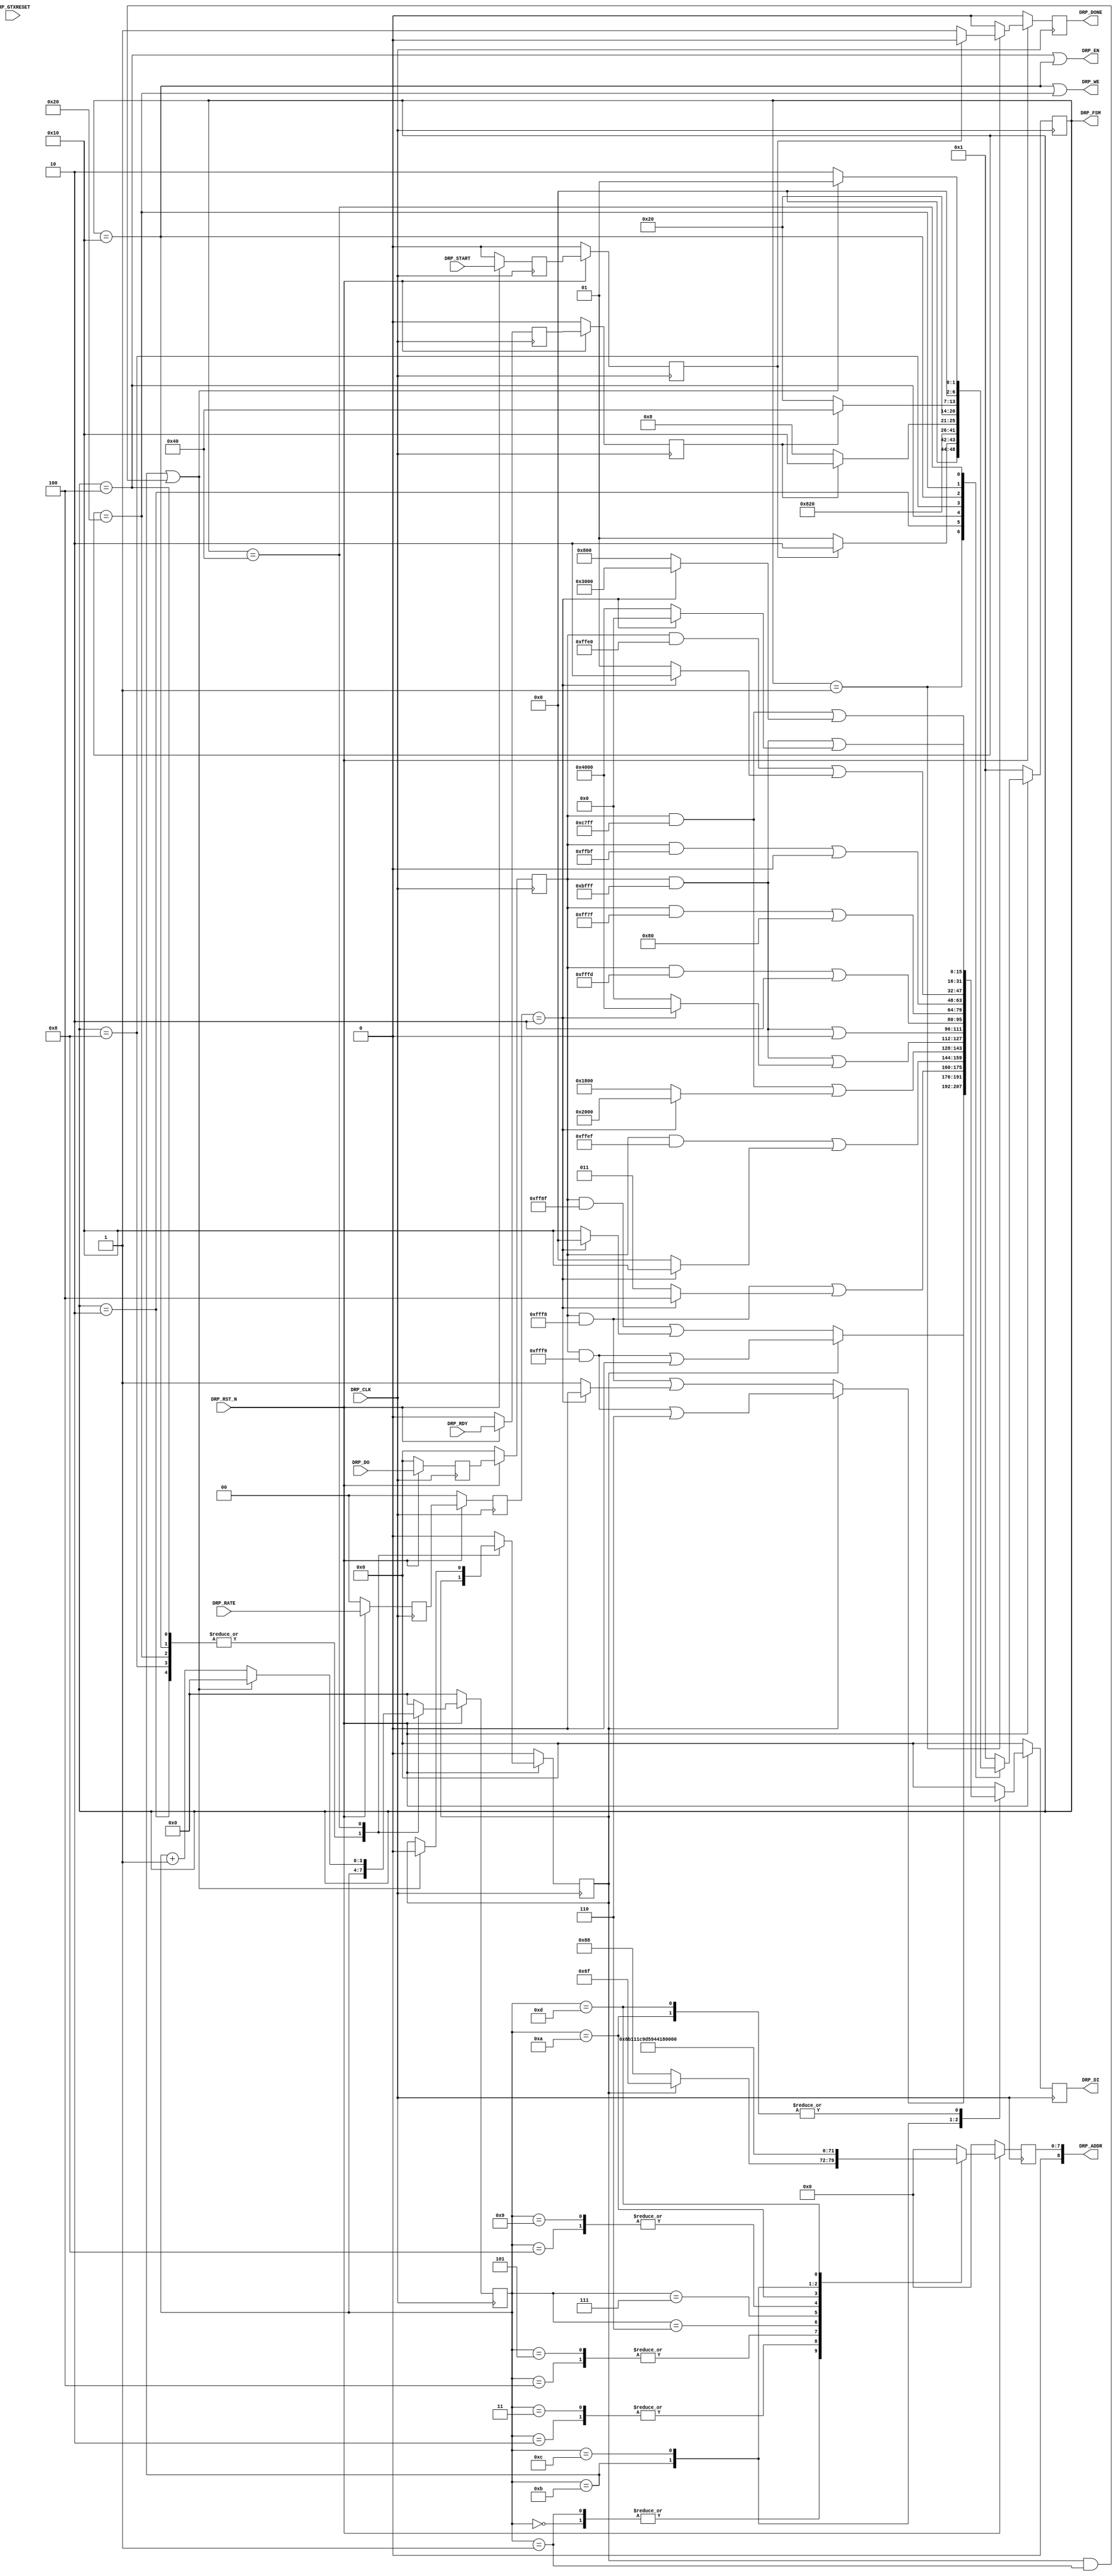
//-----------------------------------------------------------------------------
//
// (c) Copyright 2010-2011 Xilinx, Inc. All rights reserved.
//
// This file contains confidential and proprietary information
// of Xilinx, Inc. and is protected under U.S. and
// international copyright and other intellectual property
// laws.
//
// DISCLAIMER
// This disclaimer is not a license and does not grant any
// rights to the materials distributed herewith. Except as
// otherwise provided in a valid license issued to you by
// Xilinx, and to the maximum extent permitted by applicable
// law: (1) THESE MATERIALS ARE MADE AVAILABLE "AS IS" AND
// WITH ALL FAULTS, AND XILINX HEREBY DISCLAIMS ALL WARRANTIES
// AND CONDITIONS, EXPRESS, IMPLIED, OR STATUTORY, INCLUDING
// BUT NOT LIMITED TO WARRANTIES OF MERCHANTABILITY, NON-
// INFRINGEMENT, OR FITNESS FOR ANY PARTICULAR PURPOSE; and
// (2) Xilinx shall not be liable (whether in contract or tort,
// including negligence, or under any other theory of
// liability) for any loss or damage of any kind or nature
// related to, arising under or in connection with these
// materials, including for any direct, or any indirect,
// special, incidental, or consequential loss or damage
// (including loss of data, profits, goodwill, or any type of
// loss or damage suffered as a result of any action brought
// by a third party) even if such damage or loss was
// reasonably foreseeable or Xilinx had been advised of the
// possibility of the same.
//
// CRITICAL APPLICATIONS
// Xilinx products are not designed or intended to be fail-
// safe, or for use in any application requiring fail-safe
// performance, such as life-support or safety devices or
// systems, Class III medical devices, nuclear facilities,
// applications related to the deployment of airbags, or any
// other applications that could lead to death, personal
// injury, or severe property or environmental damage
// (individually and collectively, "Critical
// Applications"). Customer assumes the sole risk and
// liability of any use of Xilinx products in Critical
// Applications, subject only to applicable laws and
// regulations governing limitations on product liability.
//
// THIS COPYRIGHT NOTICE AND DISCLAIMER MUST BE RETAINED AS
// PART OF THIS FILE AT ALL TIMES.
//
//-----------------------------------------------------------------------------
// Project    : Series-7 Integrated Block for PCI Express
// Version    : 1.7
//------------------------------------------------------------------------------
//  Description  :  PIPE DRP Module for 7 Series Transceiver
//  Version      :  15.2
//------------------------------------------------------------------------------



`timescale 1ns / 1ps



//---------- PIPE DRP Module ---------------------------------------------------
module pcie_7x_v1_8_pipe_drp #
(

    parameter PCIE_USE_MODE    = "3.0",                     // PCIe use mode
    parameter PCIE_PLL_SEL     = "CPLL",                    // PCIe PLL select for Gen1/Gen2 only
    parameter PCIE_TXBUF_EN    = "FALSE",                   // PCIe TX buffer enable for Gen1/Gen2 only
    parameter PCIE_RXBUF_EN    = "TRUE",                    // PCIe RX buffer enable for Gen3      only
    parameter PCIE_TXSYNC_MODE = 0,                         // PCIe TX sync mode
    parameter PCIE_RXSYNC_MODE = 0,                         // PCIe RX sync mode
    parameter INDEX_MAX        = 4'd11                      // Index max count
    
)

(
    
    //---------- Input -------------------------------------
    input               DRP_CLK,
    input               DRP_RST_N,
    input               DRP_GTXRESET,
    input       [ 1:0]  DRP_RATE,
    input               DRP_START,
    input       [15:0]  DRP_DO,
    input               DRP_RDY,
    
    //---------- Output ------------------------------------
    output      [ 8:0]  DRP_ADDR,
    output              DRP_EN,  
    output      [15:0]  DRP_DI,   
    output              DRP_WE,
    output              DRP_DONE,
    output      [ 6:0]  DRP_FSM
    
);

    //---------- Input Registers ---------------------------
    reg                 gtxreset_reg1;
    reg         [ 1:0]  rate_reg1;
    reg                 start_reg1;
    reg         [15:0]  do_reg1;
    reg                 rdy_reg1;
    
    reg                 gtxreset_reg2;
    reg         [ 1:0]  rate_reg2;
    reg                 start_reg2;
    reg         [15:0]  do_reg2;
    reg                 rdy_reg2;
    
    //---------- Internal Signals --------------------------
    reg         [ 3:0]  index    =  4'd0;
    reg                 mode     =  1'd0;
    reg         [ 8:0]  addr_reg =  9'd0;
    reg         [15:0]  di_reg   = 16'd0;
    
    //---------- Output Registers --------------------------
    reg                 done     =  1'd0;
    reg         [ 6:0]  fsm      =  7'd1;      
                        
    //---------- DRP Address -------------------------------
    //  DRP access for *RXCDR_EIDLE includes 
    //    - [11] RXCDR_HOLD_DURING_EIDLE
    //    - [12] RXCDR_FR_RESET_ON_EIDLE
    //    - [13] RXCDR_PH_RESET_ON_EIDLE
    //------------------------------------------------------
    localparam          ADDR_PCS_RSVD_ATTR        = 9'h06F;
    localparam          ADDR_TXOUT_DIV            = 9'h088;
    localparam          ADDR_RXOUT_DIV            = 9'h088;
    localparam          ADDR_TX_DATA_WIDTH        = 9'h06B;            
    localparam          ADDR_TX_INT_DATAWIDTH     = 9'h06B;         
    localparam          ADDR_RX_DATA_WIDTH        = 9'h011;            
    localparam          ADDR_RX_INT_DATAWIDTH     = 9'h011;              
    localparam          ADDR_TXBUF_EN             = 9'h01C;           
    localparam          ADDR_RXBUF_EN             = 9'h09D;
    localparam          ADDR_TX_XCLK_SEL          = 9'h059;
    localparam          ADDR_RX_XCLK_SEL          = 9'h059;                 
    localparam          ADDR_CLK_CORRECT_USE      = 9'h044; 
    localparam          ADDR_TX_DRIVE_MODE        = 9'h019;
    localparam          ADDR_RXCDR_EIDLE          = 9'h0A7;  
    localparam          ADDR_RX_DFE_LPM_EIDLE     = 9'h01E;
  //localparam          ADDR_RXCDR_CFG_A          = 9'h0A8;
  //localparam          ADDR_RXCDR_CFG_B          = 9'h0A9;
  //localparam          ADDR_RXCDR_CFG_C          = 9'h0AA;
  //localparam          ADDR_RXCDR_CFG_B          = 9'h0AB;
  //localparam          ADDR_RXCDR_CFG_C          = 9'h0AC;
    
    //---------- DRP Mask ----------------------------------
    localparam          MASK_PCS_RSVD_ATTR        = 16'b1111111111111001;  // Unmask bit [ 2: 1]
    localparam          MASK_TXOUT_DIV            = 16'b1111111110001111;  // Unmask bit [ 6: 4]
    localparam          MASK_RXOUT_DIV            = 16'b1111111111111000;  // Unmask bit [ 2: 0]
    localparam          MASK_TX_DATA_WIDTH        = 16'b1111111111111000;  // Unmask bit [ 2: 0]   
    localparam          MASK_TX_INT_DATAWIDTH     = 16'b1111111111101111;  // Unmask bit [    4]
    localparam          MASK_RX_DATA_WIDTH        = 16'b1100011111111111;  // Unmask bit [13:11]   
    localparam          MASK_RX_INT_DATAWIDTH     = 16'b1011111111111111;  // Unmask bit [   14]  
    localparam          MASK_TXBUF_EN             = 16'b1011111111111111;  // Unmask bit [   14]  
    localparam          MASK_RXBUF_EN             = 16'b1111111111111101;  // Unmask bit [    1] 
    localparam          MASK_TX_XCLK_SEL          = 16'b1111111101111111;  // Unmask bit [    7]    
    localparam          MASK_RX_XCLK_SEL          = 16'b1111111110111111;  // Unmask bit [    6]       
    localparam          MASK_CLK_CORRECT_USE      = 16'b1011111111111111;  // Unmask bit [   14]
    localparam          MASK_TX_DRIVE_MODE        = 16'b1111111111100000;  // Unmask bit [  4:0]      
    localparam          MASK_RXCDR_EIDLE          = 16'b1100011111111111;  // Unmask bit [13:11]  
    localparam          MASK_RX_DFE_LPM_EIDLE     = 16'b1011111111111111;  // Unmask bit [   14] 
  //localparam          MASK_RXCDR_CFG_A          = 16'b0000000000000000;  // Unmask bit [15: 0]
  //localparam          MASK_RXCDR_CFG_B          = 16'b0000000000000000;  // Unmask bit [15: 0]
  //localparam          MASK_RXCDR_CFG_C          = 16'b0000000000000000;  // Unmask bit [15: 0]    
  //localparam          MASK_RXCDR_CFG_D          = 16'b0000000000000000;  // Unmask bit [15: 0]  
  //localparam          MASK_RXCDR_CFG_E          = 16'b0000000000000000;  // Unmask bit [15: 0]   
     
     
     
    //---------- DRP Data for PCIe Gen1 and Gen2 -----------
    localparam          GEN12_TXOUT_DIV           = (PCIE_PLL_SEL == "QPLL") ? 16'b0000000000100000 : 16'b0000000000010000;  // Divide by 4 or 2
    localparam          GEN12_RXOUT_DIV           = (PCIE_PLL_SEL == "QPLL") ? 16'b0000000000000010 : 16'b0000000000000001;  // Divide by 4 or 2
    localparam          GEN12_TX_DATA_WIDTH       = 16'b0000000000000011;  // 2-byte (16-bit) external data width   
    localparam          GEN12_TX_INT_DATAWIDTH    = 16'b0000000000000000;  // 2-byte (20-bit) internal data width
    localparam          GEN12_RX_DATA_WIDTH       = 16'b0001100000000000;  // 2-byte (16-bit) external data width
    localparam          GEN12_RX_INT_DATAWIDTH    = 16'b0000000000000000;  // 2-byte (20-bit) internal data width
    localparam          GEN12_TXBUF_EN            = 16'b0100000000000000;  // Use TX buffer if PCIE_TXBUF_EN == "TRUE"
    localparam          GEN12_RXBUF_EN            = 16'b0000000000000010;  // Use RX buffer 
    localparam          GEN12_TX_XCLK_SEL         = 16'b0000000000000000;  // Use TXOUT if PCIE_TXBUF_EN == "TRUE"
    localparam          GEN12_RX_XCLK_SEL         = 16'b0000000000000000;  // Use RXREC  
    localparam          GEN12_CLK_CORRECT_USE     = 16'b0100000000000000;  // Use clock correction
    localparam          GEN12_TX_DRIVE_MODE       = 16'b0000000000000001;  // Use PIPE   Gen1 and Gen2 mode    
  //localparam          GEN12_TX_DRIVE_MODE       = 16'b0000000000000000;  // Use DIRECT Gen1 and Gen2 mode    
    localparam          GEN12_RXCDR_EIDLE         = 16'b0000100000000000;  // Hold RXCDR during electrical idle 
    localparam          GEN12_RX_DFE_LPM_EIDLE    = 16'b0100000000000000;  // Hold RX DFE or LPM during electrical idle
    
    //---------- DRP Data for PCIe Gen3 --------------------                 
    localparam          GEN3_TXOUT_DIV            = 16'b0000000000000000;  // Divide by 1
    localparam          GEN3_RXOUT_DIV            = 16'b0000000000000000;  // Divide by 1
    localparam          GEN3_TX_DATA_WIDTH        = 16'b0000000000000100;  // 4-byte (32-bit) external data width                     
    localparam          GEN3_TX_INT_DATAWIDTH     = 16'b0000000000010000;  // 4-byte (32-bit) internal data width               
    localparam          GEN3_RX_DATA_WIDTH        = 16'b0010000000000000;  // 4-byte (32-bit) external data width                  
    localparam          GEN3_RX_INT_DATAWIDTH     = 16'b0100000000000000;  // 4-byte (32-bit) internal data width               
    localparam          GEN3_TXBUF_EN             = 16'b0000000000000000;  // Bypass TX buffer 
    localparam          GEN3_RXBUF_EN             = 16'b0000000000000000;  // Bypass RX buffer  
    localparam          GEN3_TX_XCLK_SEL          = 16'b0000000010000000;  // Use TXUSR  
    localparam          GEN3_RX_XCLK_SEL          = 16'b0000000001000000;  // Use RXUSR                         
    localparam          GEN3_CLK_CORRECT_USE      = 16'b0000000000000000;  // Bypass clock correction  
    localparam          GEN3_TX_DRIVE_MODE        = 16'b0000000000000010;  // Use PIPE Gen3 mode   
    localparam          GEN3_RXCDR_EIDLE          = 16'b0011000000000000;  // Reset RXCDR phase and frequency on electrical idle 
    localparam          GEN3_RX_DFE_LPM_EIDLE     = 16'b0000000000000000;  // Unhold RX DFE or LPM during electrical idle         
      
    //---------- DRP Data for PCIe Gen1, Gen2 and Gen3 -----    
    localparam          GEN123_PCS_RSVD_ATTR_A    = 16'b0000000000000000;  // Auto TX and RX sync mode
    localparam          GEN123_PCS_RSVD_ATTR_M_TX = 16'b0000000000000010;  // Manual TX sync mode
    localparam          GEN123_PCS_RSVD_ATTR_M_RX = 16'b0000000000000100;  // Manual RX sync mode
      
    //---------- DRP Data ----------------------------------     
    wire        [15:0]  data_txout_div;
    wire        [15:0]  data_rxout_div;
    wire        [15:0]  data_tx_data_width;               
    wire        [15:0]  data_tx_int_datawidth;            
    wire        [15:0]  data_rx_data_width;               
    wire        [15:0]  data_rx_int_datawidth;                
    wire        [15:0]  data_txbuf_en;        
    wire        [15:0]  data_rxbuf_en;        
    wire        [15:0]  data_tx_xclk_sel;
    wire        [15:0]  data_rx_xclk_sel;            
    wire        [15:0]  data_clk_correction_use; 
    wire        [15:0]  data_tx_drive_mode;
    wire        [15:0]  data_rxcdr_eidle;
    wire        [15:0]  data_rx_dfe_lpm_eidle;
    
    wire        [15:0]  data_pcs_rsvd_attr_a;  
    wire        [15:0]  data_pcs_rsvd_attr_m_tx; 
    wire        [15:0]  data_pcs_rsvd_attr_m_rx; 
    wire        [15:0]  data_pcs_rsvd_attr_m;   
           
    //---------- FSM ---------------------------------------  
    localparam          FSM_IDLE  = 7'b0000001;  
    localparam          FSM_LOAD  = 7'b0000010;                           
    localparam          FSM_READ  = 7'b0000100;
    localparam          FSM_RRDY  = 7'b0001000;
    localparam          FSM_WRITE = 7'b0010000;
    localparam          FSM_WRDY  = 7'b0100000;    
    localparam          FSM_DONE  = 7'b1000000;   

    
    
//---------- Input FF ----------------------------------------------------------
always @ (posedge DRP_CLK)
begin

    if (!DRP_RST_N)
        begin
        //---------- 1st Stage FF --------------------------
        gtxreset_reg1 <=  1'd0;
        rate_reg1     <=  2'd0;
        do_reg1       <= 16'd0;
        rdy_reg1      <=  1'd0;
        start_reg1    <=  1'd0;
        //---------- 2nd Stage FF --------------------------
        gtxreset_reg2 <=  1'd0;
        rate_reg2     <=  2'd0;
        do_reg2       <= 16'd0;
        rdy_reg2      <=  1'd0;
        start_reg2    <=  1'd0;
        end
        
    else
        begin
        //---------- 1st Stage FF --------------------------
        gtxreset_reg1 <= DRP_GTXRESET;
        rate_reg1     <= DRP_RATE;
        do_reg1       <= DRP_DO;
        rdy_reg1      <= DRP_RDY;
        start_reg1    <= DRP_START;
        //---------- 2nd Stage FF --------------------------
        gtxreset_reg2 <= gtxreset_reg1;
        rate_reg2     <= rate_reg1;
        do_reg2       <= do_reg1;
        rdy_reg2      <= rdy_reg1;
        start_reg2    <= start_reg1;
        end
    
end  



//---------- Select DRP Data ---------------------------------------------------
assign data_txout_div          =  (rate_reg2 == 2'd2)                                ? GEN3_TXOUT_DIV        : GEN12_TXOUT_DIV;
assign data_rxout_div          =  (rate_reg2 == 2'd2)                                ? GEN3_RXOUT_DIV        : GEN12_RXOUT_DIV;
assign data_tx_data_width      =  (rate_reg2 == 2'd2)                                ? GEN3_TX_DATA_WIDTH    : GEN12_TX_DATA_WIDTH;
assign data_tx_int_datawidth   =  (rate_reg2 == 2'd2)                                ? GEN3_TX_INT_DATAWIDTH : GEN12_TX_INT_DATAWIDTH;
assign data_rx_data_width      =  (rate_reg2 == 2'd2)                                ? GEN3_RX_DATA_WIDTH    : GEN12_RX_DATA_WIDTH;
assign data_rx_int_datawidth   =  (rate_reg2 == 2'd2)                                ? GEN3_RX_INT_DATAWIDTH : GEN12_RX_INT_DATAWIDTH;
assign data_txbuf_en           = ((rate_reg2 == 2'd2) || (PCIE_TXBUF_EN == "FALSE")) ? GEN3_TXBUF_EN         : GEN12_TXBUF_EN;
assign data_rxbuf_en           = ((rate_reg2 == 2'd2) && (PCIE_RXBUF_EN == "FALSE")) ? GEN3_RXBUF_EN         : GEN12_RXBUF_EN;
assign data_tx_xclk_sel        = ((rate_reg2 == 2'd2) || (PCIE_TXBUF_EN == "FALSE")) ? GEN3_TX_XCLK_SEL      : GEN12_TX_XCLK_SEL;
assign data_rx_xclk_sel        = ((rate_reg2 == 2'd2) && (PCIE_RXBUF_EN == "FALSE")) ? GEN3_RX_XCLK_SEL      : GEN12_RX_XCLK_SEL;
assign data_clk_correction_use =  (rate_reg2 == 2'd2)                                ? GEN3_CLK_CORRECT_USE  : GEN12_CLK_CORRECT_USE;
assign data_tx_drive_mode      =  (rate_reg2 == 2'd2)                                ? GEN3_TX_DRIVE_MODE    : GEN12_TX_DRIVE_MODE;   
assign data_rxcdr_eidle        =  (rate_reg2 == 2'd2)                                ? GEN3_RXCDR_EIDLE      : GEN12_RXCDR_EIDLE;
assign data_rx_dfe_lpm_eidle   =  (rate_reg2 == 2'd2)                                ? GEN3_RX_DFE_LPM_EIDLE : GEN12_RX_DFE_LPM_EIDLE;

assign data_pcs_rsvd_attr_a    = GEN123_PCS_RSVD_ATTR_A;
assign data_pcs_rsvd_attr_m_tx = PCIE_TXSYNC_MODE ? GEN123_PCS_RSVD_ATTR_A : GEN123_PCS_RSVD_ATTR_M_TX;
assign data_pcs_rsvd_attr_m_rx = PCIE_RXSYNC_MODE ? GEN123_PCS_RSVD_ATTR_A : GEN123_PCS_RSVD_ATTR_M_RX;
assign data_pcs_rsvd_attr_m    = data_pcs_rsvd_attr_m_tx | data_pcs_rsvd_attr_m_rx;



//---------- Update DRP Address and Data ---------------------------------------
always @ (posedge DRP_CLK)
begin

    if (!DRP_RST_N)
        begin
        addr_reg <=  9'd0;
        di_reg   <= 16'd0;
        end
    else
        begin
        
        case (index)
        
        //--------------------------------------------------      
        4'd0:     
            begin
            addr_reg <= mode ? ADDR_PCS_RSVD_ATTR : ADDR_TXOUT_DIV; 
            di_reg   <= mode ? ((do_reg2 & MASK_PCS_RSVD_ATTR)  | data_pcs_rsvd_attr_a)
                             : ((do_reg2 & MASK_TXOUT_DIV) | data_txout_div);
            end 
            
        //--------------------------------------------------      
        4'd1:    
            begin
            addr_reg <= mode ? ADDR_PCS_RSVD_ATTR : ADDR_RXOUT_DIV;
            di_reg   <= mode ? ((do_reg2 & MASK_PCS_RSVD_ATTR)  | data_pcs_rsvd_attr_m) 
                             : ((do_reg2 & MASK_RXOUT_DIV) | data_rxout_div);
            end 
            
        //--------------------------------------------------
        4'd2 :
            begin        
            addr_reg <= ADDR_TX_DATA_WIDTH;
            di_reg   <= (do_reg2 & MASK_TX_DATA_WIDTH) | data_tx_data_width;
            end
           
        //--------------------------------------------------    
        4'd3 :
            begin        
            addr_reg <= ADDR_TX_INT_DATAWIDTH;
            di_reg   <= (do_reg2 & MASK_TX_INT_DATAWIDTH) | data_tx_int_datawidth;
            end    
        
        //--------------------------------------------------     
        4'd4 :
            begin
            addr_reg <= ADDR_RX_DATA_WIDTH;
            di_reg   <= (do_reg2 & MASK_RX_DATA_WIDTH) | data_rx_data_width;
            end   
        
        //--------------------------------------------------     
        4'd5 :
            begin        
            addr_reg <= ADDR_RX_INT_DATAWIDTH;
            di_reg   <= (do_reg2 & MASK_RX_INT_DATAWIDTH) | data_rx_int_datawidth;
            end  
  
        //--------------------------------------------------         
        4'd6 :
            begin        
            addr_reg <= ADDR_TXBUF_EN;
            di_reg   <= (do_reg2 & MASK_TXBUF_EN) | data_txbuf_en;
            end   
        
        //--------------------------------------------------         
        4'd7 :
            begin        
            addr_reg <= ADDR_RXBUF_EN;
            di_reg   <= (do_reg2 & MASK_RXBUF_EN) | data_rxbuf_en;
            end   
        
        //--------------------------------------------------         
        4'd8 :
            begin        
            addr_reg <= ADDR_TX_XCLK_SEL;
            di_reg   <= (do_reg2 & MASK_TX_XCLK_SEL) | data_tx_xclk_sel;
            end   
        
        //--------------------------------------------------         
        4'd9 :
            begin        
            addr_reg <= ADDR_RX_XCLK_SEL;
            di_reg   <= (do_reg2 & MASK_RX_XCLK_SEL) | data_rx_xclk_sel;
            end   
        
        //--------------------------------------------------      
        4'd10 :
            begin
            addr_reg <= ADDR_CLK_CORRECT_USE;
            di_reg   <= (do_reg2 & MASK_CLK_CORRECT_USE) | data_clk_correction_use;
            end 

        //--------------------------------------------------      
        4'd11 :
            begin
            addr_reg <= ADDR_TX_DRIVE_MODE;
            di_reg   <= (do_reg2 & MASK_TX_DRIVE_MODE) | data_tx_drive_mode;
            end 
            
        //--------------------------------------------------      
        4'd12 :
            begin
            addr_reg <= ADDR_RXCDR_EIDLE;
            di_reg   <= (do_reg2 & MASK_RXCDR_EIDLE) | data_rxcdr_eidle;
            end 
            
        //--------------------------------------------------      
        4'd13 :
            begin
            addr_reg <= ADDR_RX_DFE_LPM_EIDLE;
            di_reg   <= (do_reg2 & MASK_RX_DFE_LPM_EIDLE) | data_rx_dfe_lpm_eidle;
            end     
            
        //--------------------------------------------------
        default : 
            begin
            addr_reg <=  9'd0;
            di_reg   <= 16'd0;
            end
            
        endcase
        
        end
        
end  



//---------- PIPE DRP FSM ------------------------------------------------------
always @ (posedge DRP_CLK)
begin

    if (!DRP_RST_N)
        begin
        fsm   <= FSM_IDLE;
        index <= 4'd0;
        mode  <= 1'd0;
        done  <= 1'd0;
        end
    else
        begin
        
        case (fsm)

        //---------- Idle State ----------------------------
        FSM_IDLE :  
          
            begin
            //---------- Reset or Rate Change --------------
            if (start_reg2)
                begin
                fsm   <= FSM_LOAD;
                index <= 4'd0;
                mode  <= 1'd0;
                done  <= 1'd0; 
                end
            //---------- GTXRESET --------------------------    
            else if ((gtxreset_reg2 && !gtxreset_reg1) && ((PCIE_TXSYNC_MODE == 0) || (PCIE_RXSYNC_MODE == 0)) && (PCIE_USE_MODE == "1.0"))
                begin
                fsm   <= FSM_LOAD;
                index <= 4'd0;
                mode  <= 1'd1;
                done  <= 1'd0;
                end
            //---------- Idle ------------------------------
            else       
                begin
                fsm   <= FSM_IDLE;
                index <= 4'd0;
                mode  <= 1'd0;
                done  <= 1'd1;
                end 
            end    
            
        //---------- Load DRP Address  ---------------------
        FSM_LOAD :
        
            begin
            fsm   <= FSM_READ;
            index <= index;
            mode  <= mode;
            done  <= 1'd0;
            end  
            
        //---------- Read DRP ------------------------------
        FSM_READ :
        
            begin
            fsm   <= FSM_RRDY;
            index <= index;
            mode  <= mode;
            done  <= 1'd0;
            end
            
        //---------- Read DRP Ready ------------------------
        FSM_RRDY :    
        
            begin
            fsm   <= rdy_reg2 ? FSM_WRITE : FSM_RRDY;
            index <= index;
            mode  <= mode;
            done  <= 1'd0;
            end
  
            
        //---------- Write DRP -----------------------------
        FSM_WRITE :    
        
            begin
            fsm   <= FSM_WRDY;
            index <= index;
            mode  <= mode;
            done  <= 1'd0;
            end       
            
        //---------- Write DRP Ready -----------------------
        FSM_WRDY :    
        
            begin
            fsm   <= rdy_reg2 ? FSM_DONE : FSM_WRDY;
            index <= index;
            mode  <= mode;
            done  <= 1'd0;
            end        
             
        //---------- DRP Done ------------------------------
        FSM_DONE :
        
            begin
            if ((index == INDEX_MAX) || (mode && (index == 4'd1)))
                begin
                fsm   <= FSM_IDLE;
                index <= 4'd0;
                mode  <= 1'd0;
                done  <= 1'd0;
                end
            else       
                begin
                fsm   <= FSM_LOAD;
                index <= index + 4'd1;
                mode  <= mode;
                done  <= 1'd0;
                end
            end     
              
        //---------- Default State -------------------------
        default :
        
            begin      
            fsm   <= FSM_IDLE;
            index <= 4'd0;
            mode  <= 1'd0;
            done  <= 1'd0;
            end
            
        endcase
        
        end
        
end 



//---------- PIPE DRP Output ---------------------------------------------------
assign DRP_ADDR = addr_reg;
assign DRP_EN   = (fsm == FSM_READ) || (fsm == FSM_WRITE);
assign DRP_DI   = di_reg;
assign DRP_WE   = (fsm == FSM_WRITE) || (fsm == FSM_WRDY);
assign DRP_DONE = done;
assign DRP_FSM  = fsm;



endmodule